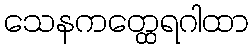
သေနကတ္ထေရဂါထာ